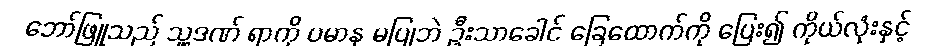
ဘော်ဖြူသည် သူ့ဒဏ် ရာကို ပမာန မပြုဘဲ ဦးသာခေါင် ခြေထောက်ကို ပြေး၍ ကိုယ်လုံးနှင့်